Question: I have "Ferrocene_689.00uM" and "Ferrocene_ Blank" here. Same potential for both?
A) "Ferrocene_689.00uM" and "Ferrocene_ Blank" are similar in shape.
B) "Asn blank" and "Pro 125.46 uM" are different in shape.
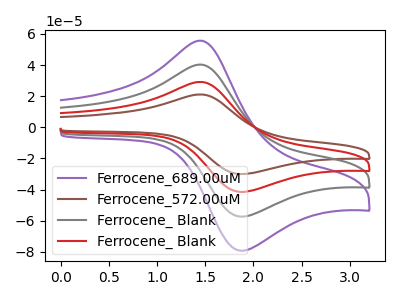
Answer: <think>The purple curve "Ferrocene_689.00uM" has an anodic peak at (1.45V, 55.60uA) and a cathodic peak at (1.85V, -79.30uA). The brown curve "Ferrocene_572.00uM" has an anodic peak at (1.45V, 120.70uA) and a cathodic peak at (1.85V, -172.25uA). The gray curve "Ferrocene_ Blank" has an anodic peak at (1.45V, 40.25uA) and a cathodic peak at (1.85V, -57.40uA). The red curve "Ferrocene_ Blank" has an anodic peak at (1.45V, 80.45uA) and a cathodic peak at (1.85V, -114.85uA).
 All the peaks in "Ferrocene_689.00uM" have a peak in "Ferrocene_ Blank" at the same potential. Every peak in "Ferrocene_689.00uM" is higher than every peak in "Ferrocene_ Blank".</think>
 <answer>A) "Ferrocene_689.00uM" and "Ferrocene_ Blank" are similar in shape.</answer>
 <eval>A</eval>